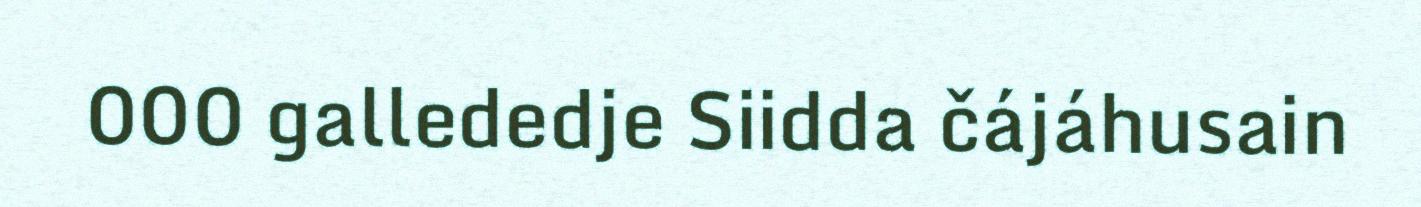
000 gallededje Siidda čájáhusain